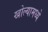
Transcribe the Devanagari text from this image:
खोल्यामध्ये